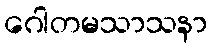
ဂေါတမသာသနာ